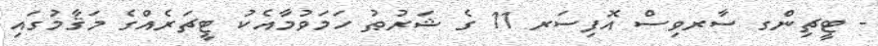
- ޓީޗިންގ ސާރވިސް އޮފިސަރ 11 ގެ ޝަރުޠު ހަމަވުމާއެކު ޓީޗަރެއްގެ މަޤާމުގައި